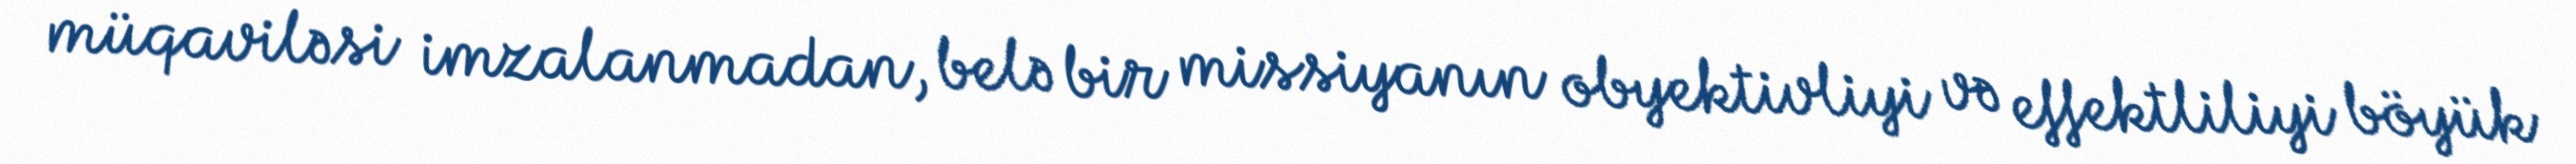
müqaviləsi imzalanmadan, belə bir missiyanın obyektivliyi və effektliliyi böyük